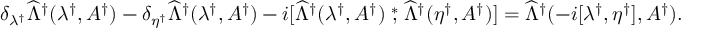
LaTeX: \delta _ { \lambda ^ { \dagger } } \widehat \Lambda ^ { \dagger } ( \lambda ^ { \dagger } , A ^ { \dagger } ) - \delta _ { \eta ^ { \dagger } } \widehat \Lambda ^ { \dagger } ( \lambda ^ { \dagger } , A ^ { \dagger } ) - i [ \widehat \Lambda ^ { \dagger } ( \lambda ^ { \dagger } , A ^ { \dagger } ) \stackrel { * } { , } \widehat \Lambda ^ { \dagger } ( \eta ^ { \dagger } , A ^ { \dagger } ) ] = \widehat \Lambda ^ { \dagger } ( - i [ \lambda ^ { \dagger } , \eta ^ { \dagger } ] , A ^ { \dagger } ) .